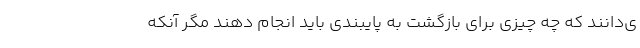
ی‌دانند که چه چیزی برای بازگشت به پایبندی باید انجام دهند مگر آنکه